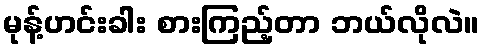
မုန့်ဟင်းခါး စားကြည့်တာ ဘယ်လိုလဲ။